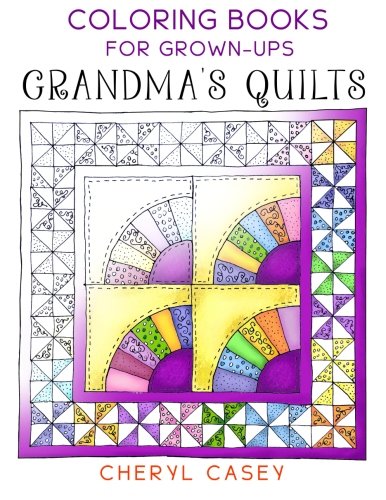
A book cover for Grandma's Quilts: Coloring Books for Grown-Ups, Adults (Wingfeather Coloring Books) (Volume 1); Cheryl Casey; Arts & Photography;